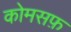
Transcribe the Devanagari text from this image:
कोमसफ़